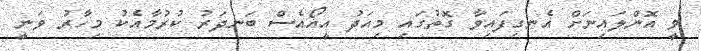
ވީ އޮންލައިނަށް އެނގިފައިވާ ގޮތުގައި މިއަދު އީއޯއެސް ބަނދަރު ކުރުމާއެކު މިހާރު ވަނީ